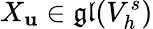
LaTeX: X_{\mathbf{u}}\in\mathfrak{{gl}}(V_{h}^{s})